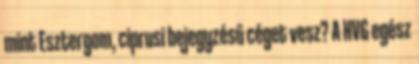
mint Esztergom, ciprusi bejegyzésű céget vesz? A HVG egész